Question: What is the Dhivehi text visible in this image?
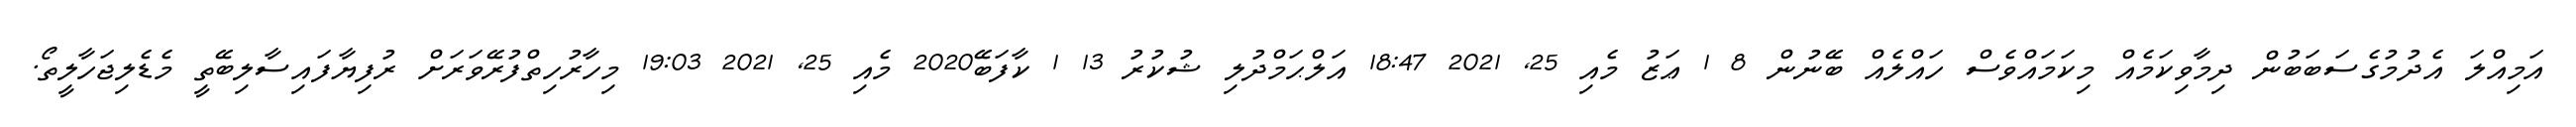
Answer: އަމިއްލަ އެދުމުގެސަބަބުން ދިމާވިކަމެއް މިކަމައްވެސް ހައްލެއް ބޭނުން 8 1 ޢަޒު މެއި 25, 2021 18:47 އަލްޙަމްދުލި ޝުކުރު 13 1 ކާފަބޭ2020 މެއި 25, 2021 19:03 މިހާރުހިތްފުރޭވަރަށް ރުފިޔާފައިސާލިބޭތީ މެޑެލިޖަހާލީތޯ.